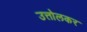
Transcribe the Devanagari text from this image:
उत्तोलकर